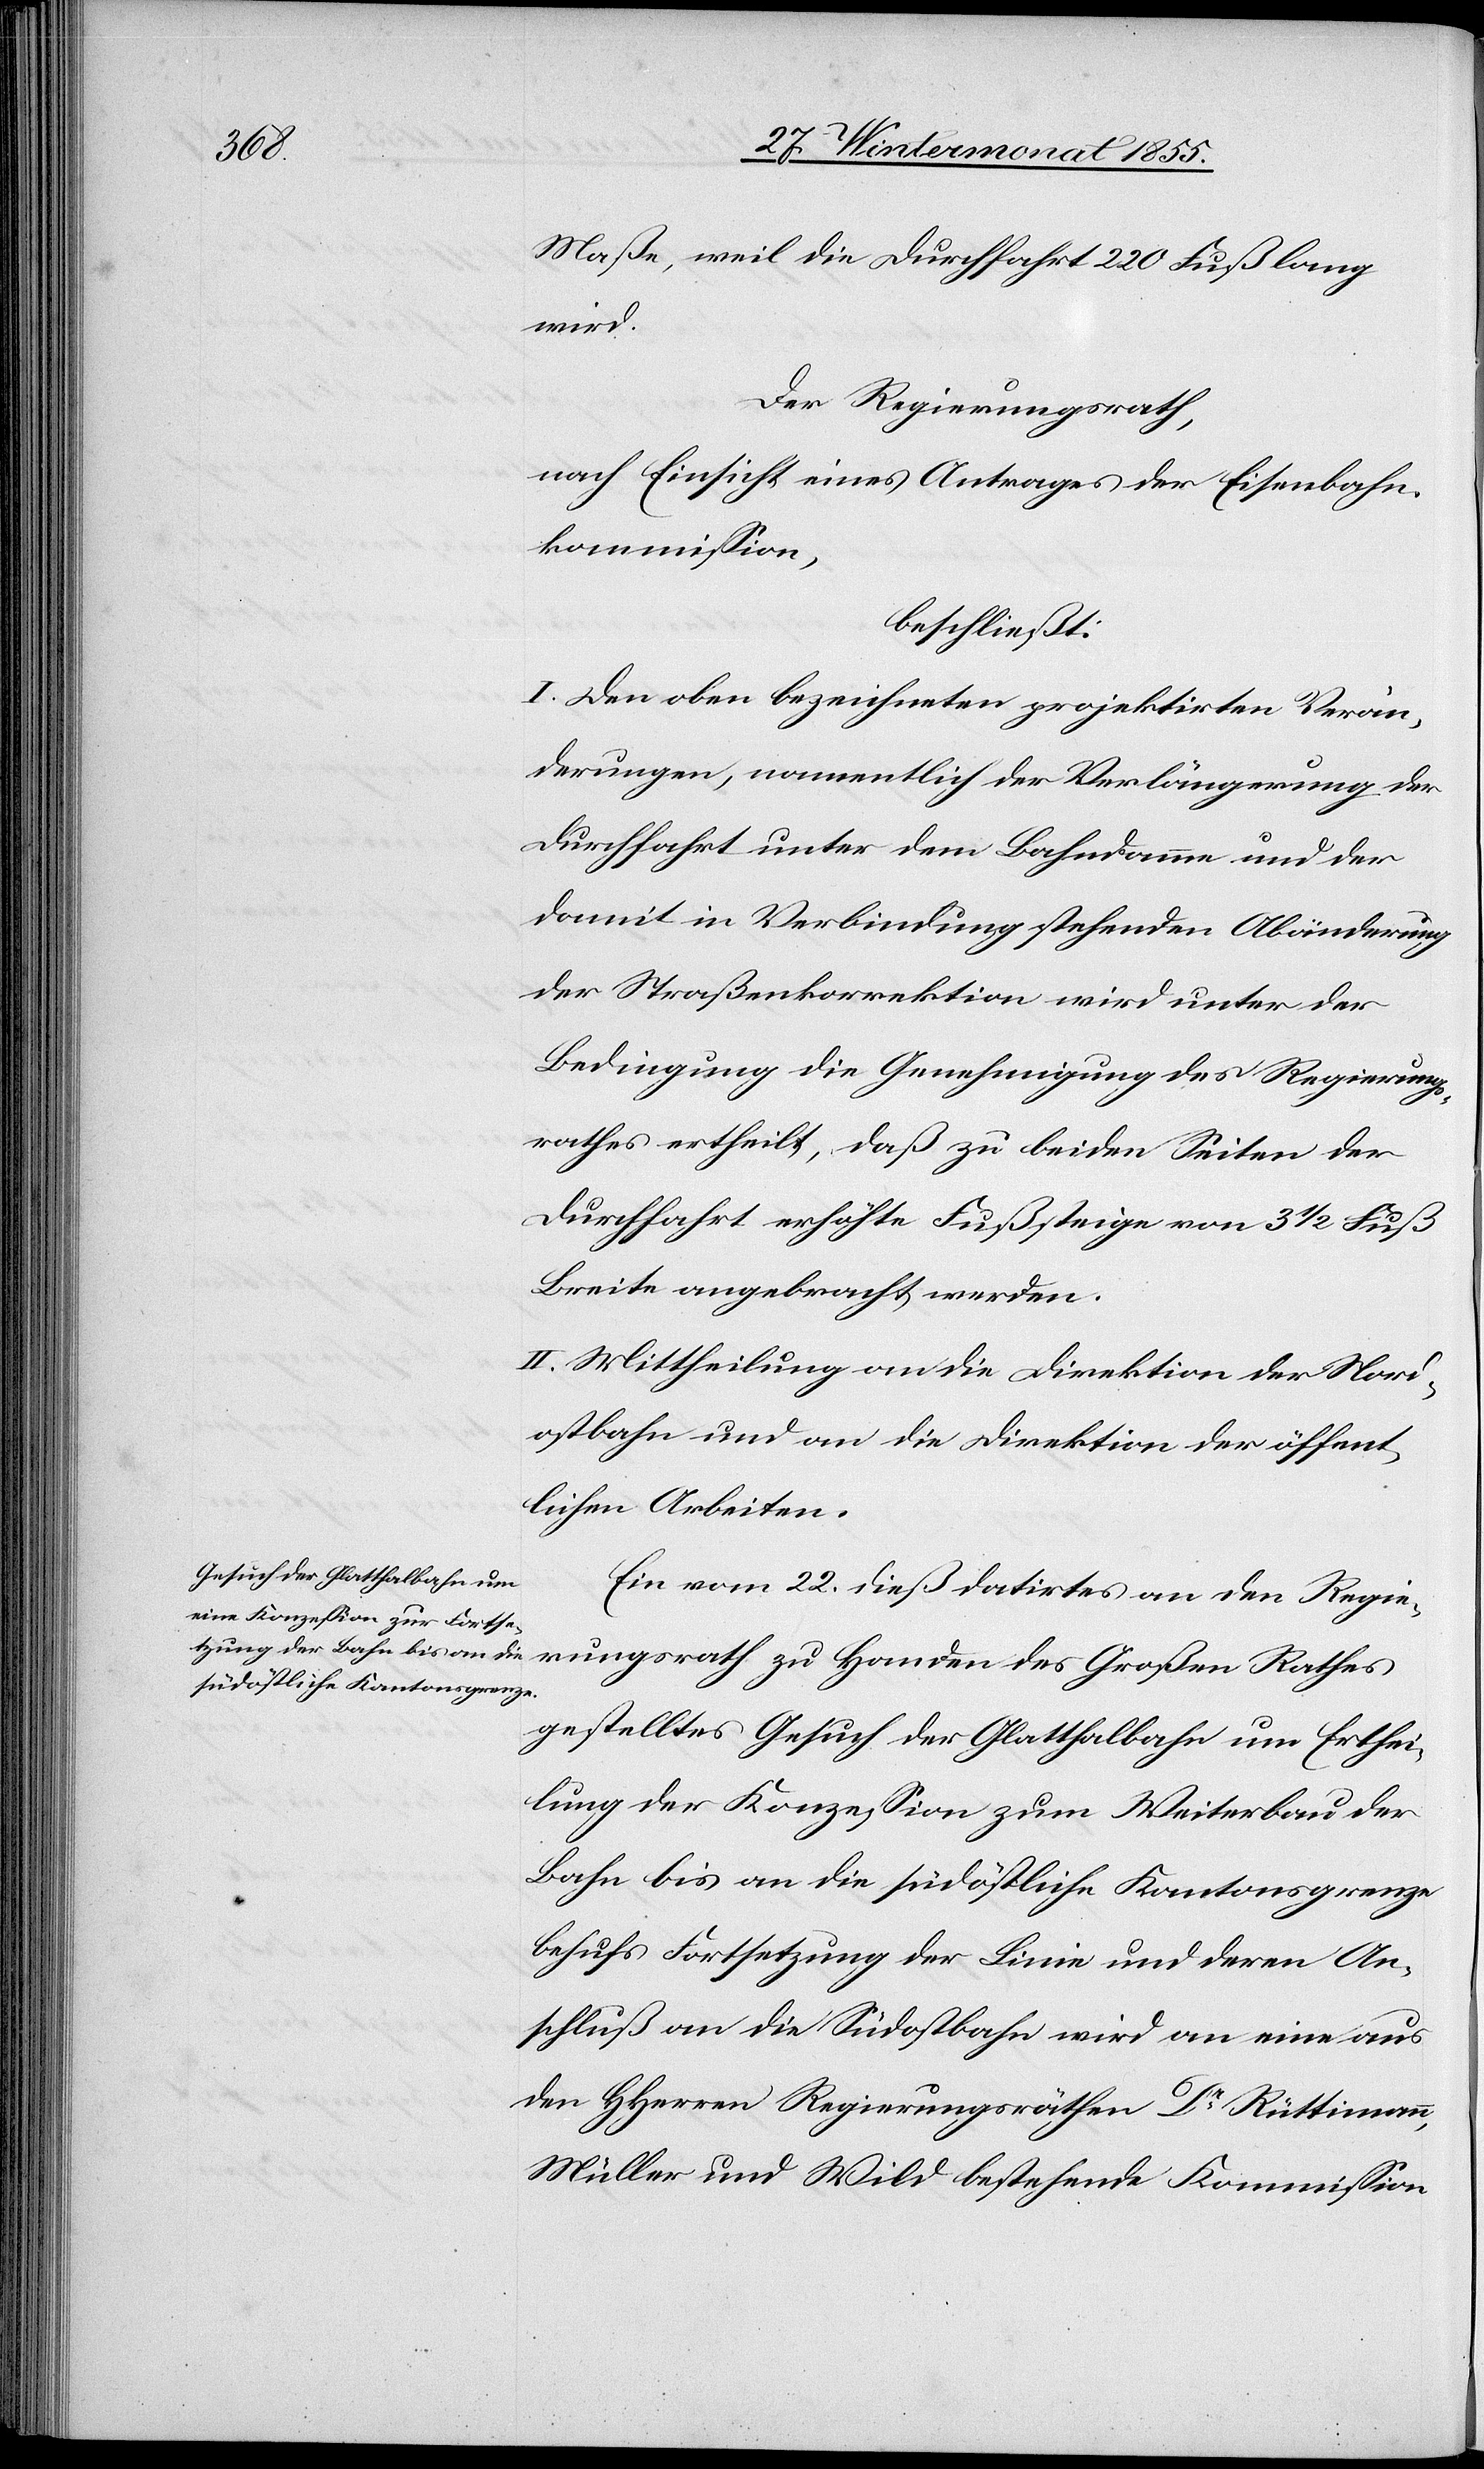
Maße, weil die Durchfahrt 220 Fuß lang
wird.
Der Regierungsrath,
nach Einsicht eines Antrages der Eisenbahn¬
kommission,
beschließt:
I. Den oben bezeichneten projektirten Verän¬
derungen, namentlich der Verlängerung der
Durchfahrt unter dem Bahndamme und der
damit in Verbindung stehenden Abänderung
der Straßenkorrektion wird unter der
Bedingung die Genehmigung des Regierungs¬
rathes ertheilt, daß zu beiden Seiten der
Durchfahrt erhöhte Fußsteige von 3 1/2 Fuß
Breite angebracht werden.
II. Mittheilung an die Direktion der Nord¬
ostbahn und an die Direktion der öffent¬
lichen Arbeiten.
Ein vom 22. dieß datirtes an den Regie¬
rungsrath zu Handen des Großen Rathes
gestelltes Gesuch der Glatthalbahn um Erthei¬
lung der Konzession zum Weiterbau der
Bahn bis an die südöstliche Kantonsgrenze
behufs Fortsetzung der Linie und deren An¬
schluß an die Südostbahn wird an eine aus
den HHerren Regierungsräthen Dr Rüttimann,
Müller und Wild bestehende Kommission